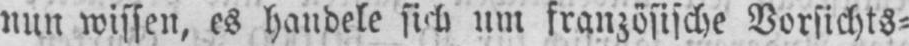
nun wissen, es handele sich um französische Vorsichts⸗